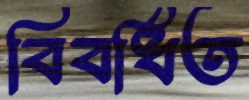
বিবর্ধিত